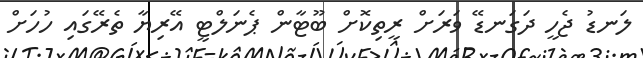
ލަނޑު ޖެހީ ދަގަނޑޭ ވަރަށް ރީތިކޮށް ބޫޓާން ޕެނަލްޓީ އޭރިޔާ ތެރޭގައި ހުހަށް